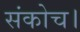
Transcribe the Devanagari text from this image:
संकोच।